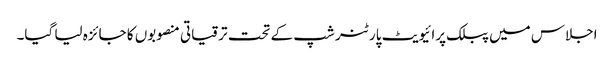
اجلاس میں پبلک پرائیویٹ پارٹنر شپ کے تحت ترقیاتی منصوبوں کا جائزہ لیا گیا۔